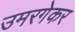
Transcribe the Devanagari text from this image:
उमरगेकर